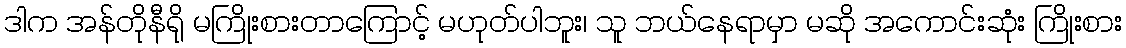
ဒါက အန်တိုနီရို မကြိုးစားတာကြောင့် မဟုတ်ပါဘူး၊ သူ ဘယ်နေရာမှာ မဆို အကောင်းဆုံး ကြိုးစား